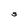
Character: S